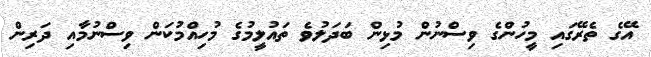
އޭގެ ތެރޭގައި މީހުންގެ ވިސްނުން މުޅިން ބަދަލުވެ ތައުލީމުގެ މުހިއްމުކަން ވިސްނުމާއި ދަރިން